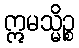
ဣမသ္မိဉ္စ